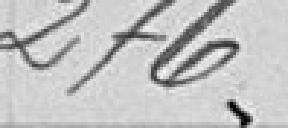
276